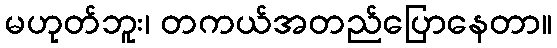
မဟုတ်ဘူး၊ တကယ်အတည်ပြောနေတာ။